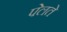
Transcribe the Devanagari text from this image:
पेलते